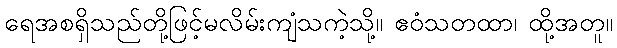
ရေအစရှိသည်တို့ဖြင့်မလိမ်းကျံသကဲ့သို့။ ဧဝံသတထာ၊ ထို့အတူ။